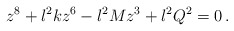
\begin{align*}z^8+l^2 k z^6 - l^2 M z^3 + l^2Q^2 =0\, .\end{align*}